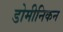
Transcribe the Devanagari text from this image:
डोमीनिकन